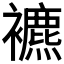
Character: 𧞧